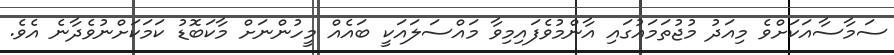
ސަމާސާއަކަށްވެ މިއަދު މުޖުތަމައުގައި އާންމުވެފައިމިވާ މައްސަލައަކީ ބައެއް މީހުންނަށް މާކަބޮޑު ކަމަކަށްނުވެދާނެ އެވެ.